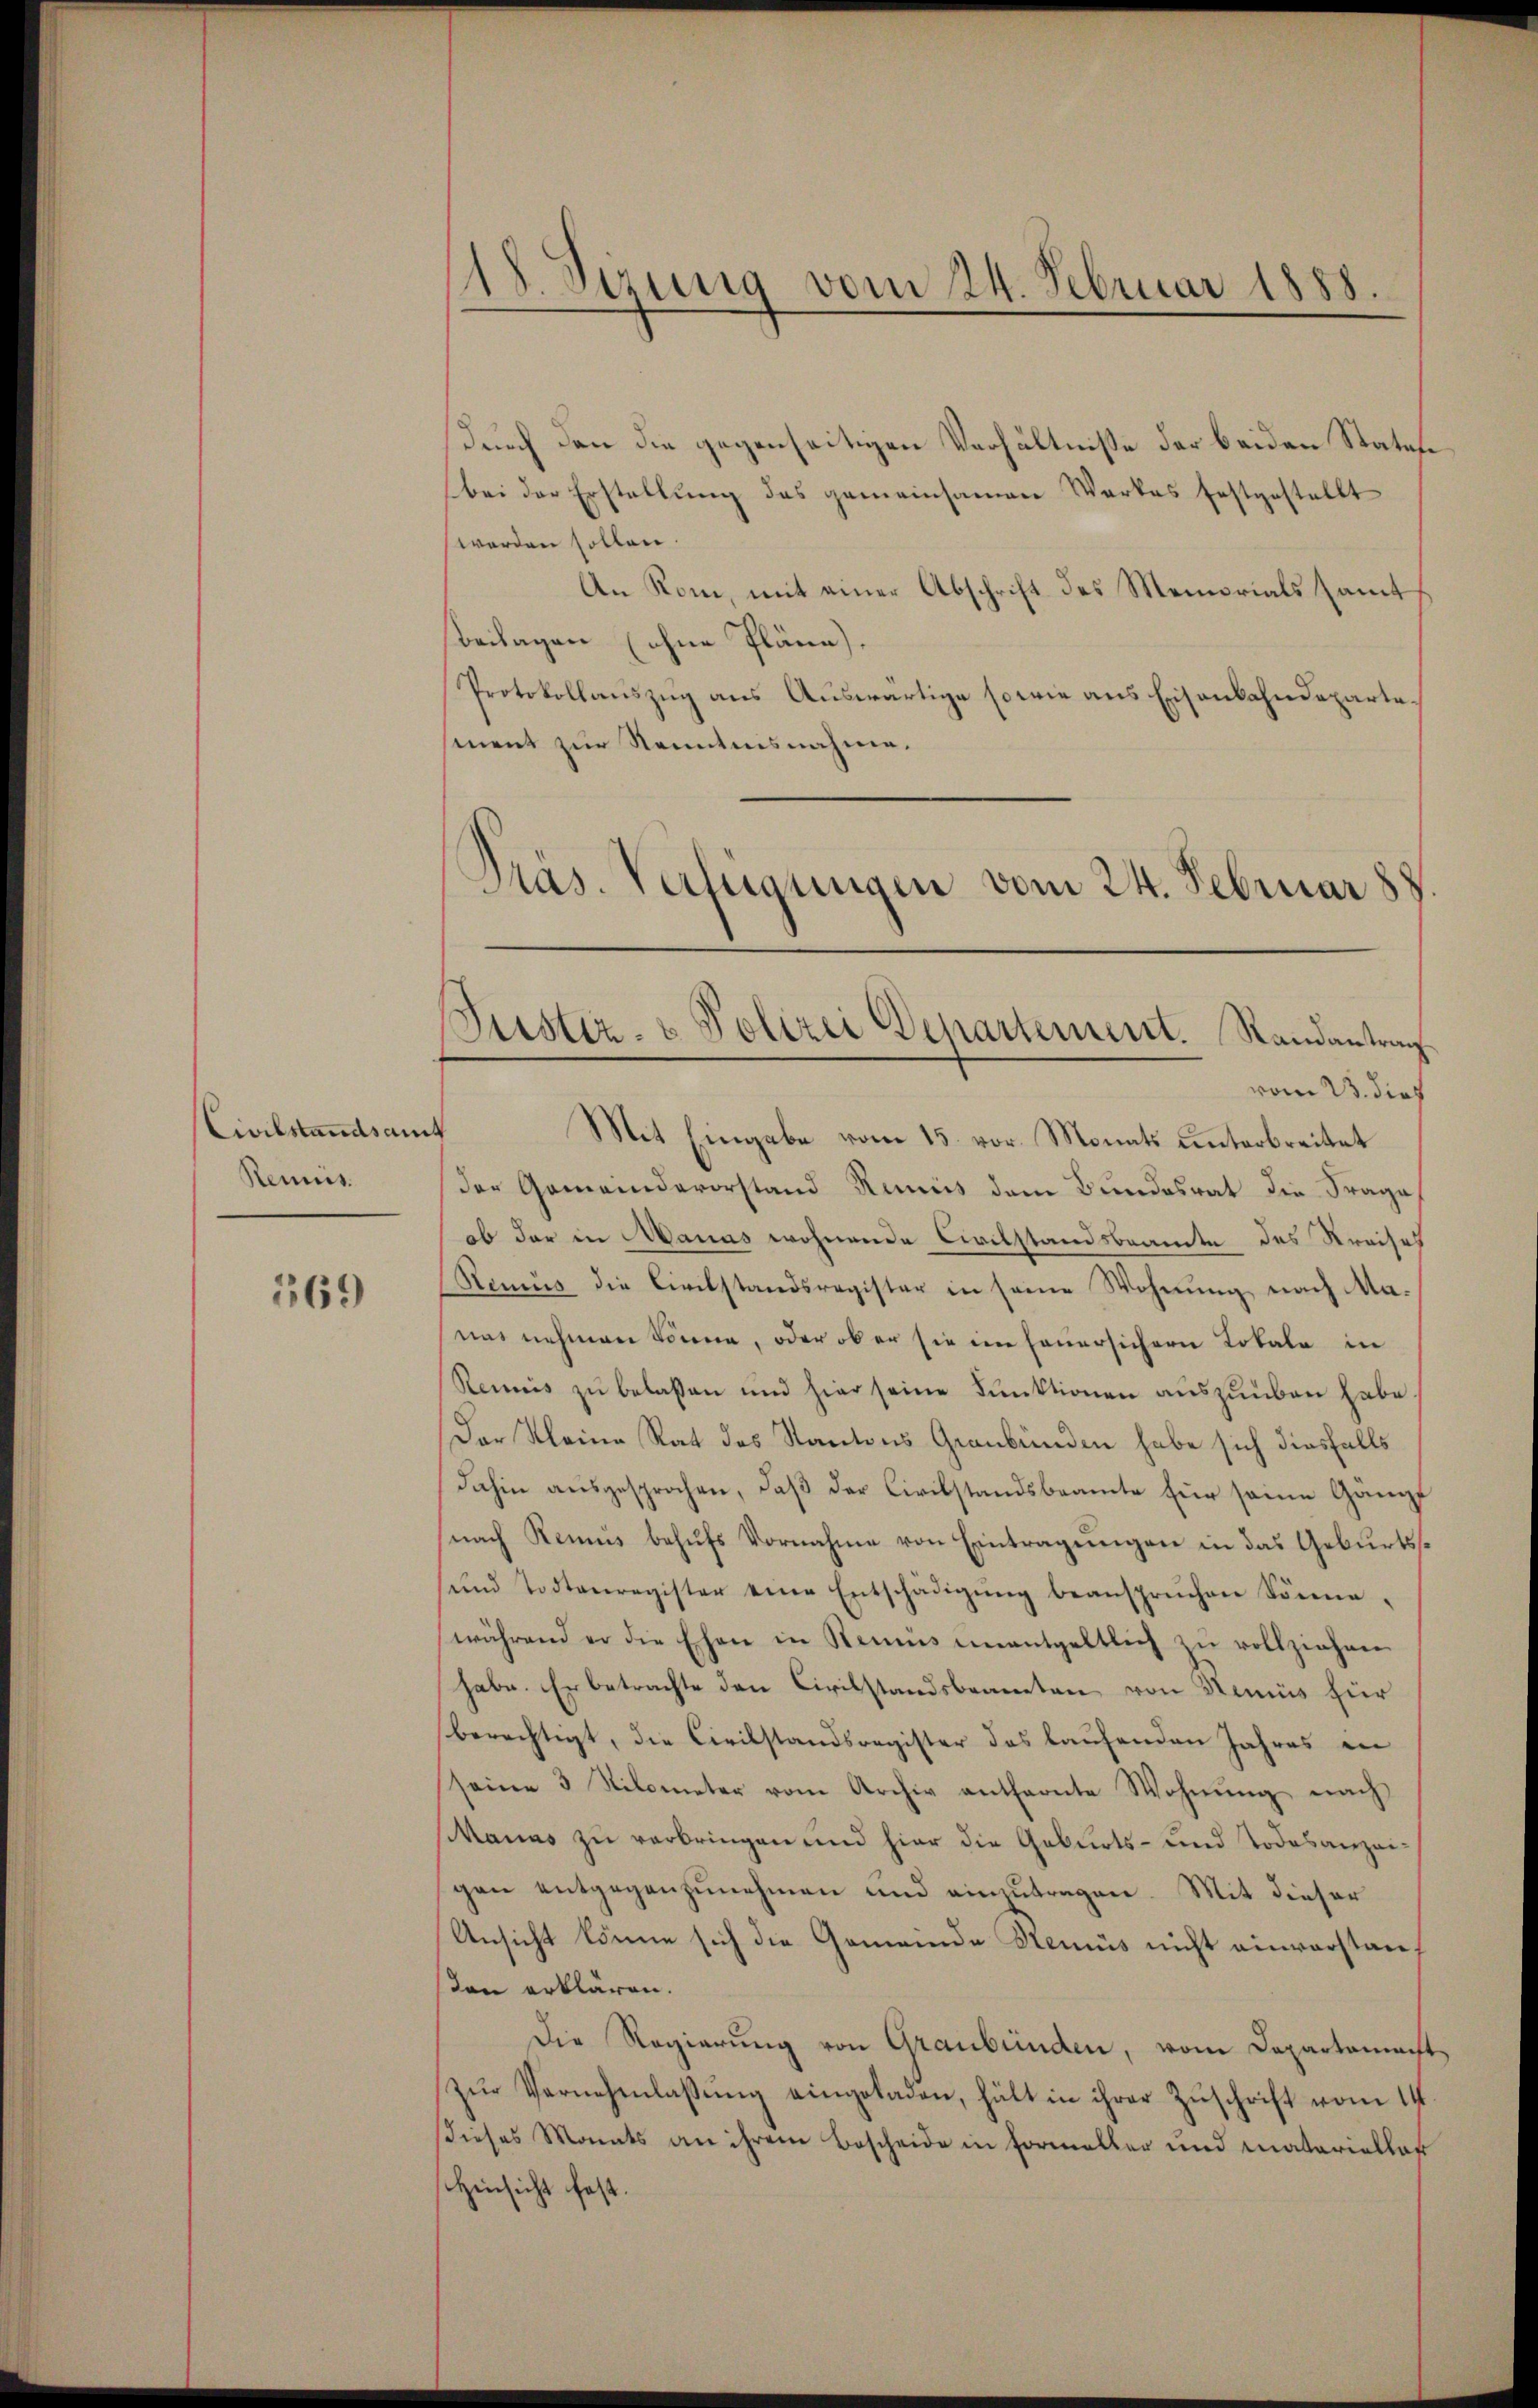
Civilstandsamt
Reims.

369

18. Sirung vom 24. Februar 1888.

Durch den die gegenseitigen Verhältnisse der beiden Statute
(bei der Erstellŭng des gemeinsamen Werkes festgestellt
werden sollen.
An Rom, mit einer Abschrift des Memorials samt
beilagen (ohne Pläne.
Protokollauszug aus Auswärtige so wie aus Eisenbahndeparte
sment zur Kenntnisnahme.
Präs. Verfügungen vom 24. Februar 88

Justiz- & Polizei Departement. Randantrag
vom 23. dies

Mit Eingabe vom 15. vor. Monats unterbreitet
der Gemeindevorstand Rumis dem Bundesrat die Frage
ob der in Manas wohnende Civilstandsbeamte des Kreises
Renius die Civilstandsregister in seine Wohnung, nach Manas nehmen könne, oder ob er sie im feuersichern Totale in
Reimnis zu belassen und hier seine Funktionen auszuüben habe
Der Kleine Rat des Kantons Graubünden habe sich diesfalls
dahin ausgesprochen, daß der Civilstandsbeamte für seine Ganze
nach Remus behŭfs Vornahme von Eintragungen in das Geburtsŭnd Todtenregister eine Entschädigŭng beansprüchen Sonne-
während er die Ehen in Remüs unentgeltlich zŭ vollziehen.
habe. Er betrachte den Civilstandsbeamten von Haus für
berechtigt, die Civilstandsregister des laufenden Jahres in
seine 3 Nilometer vom Archiv entfernte Wohnŭng nach
Manas zu verbringen und hier die Geburts- und Todesanzeigen entgegenzunehmen und einzutragen. Mit dieser
Ansicht könne sich die Gemeinde Stemus nicht einvorstan
den erklären.
Die Regierung von Graubünden, vom Departament
zŭr Vernehmlassung eingeladen, hält in ihrer Zuschrift vom 14
dieses Monats an ihrem Bescheide in Formeller und matarieller
Hinsicht fest.

d